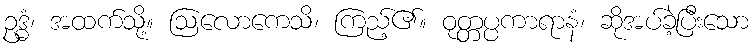
ဥဒ္ဓံ၊ အထက်သို့။ ဩလောကေသိ၊ ကြည့်၏။ ဝုတ္တပ္ပကာရာနံ၊ ဆိုအပ်ခဲ့ပြီးသော